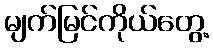
မျက်မြင်ကိုယ်တွေ့